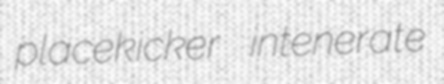
placekicker intenerate